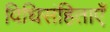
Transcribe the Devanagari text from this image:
विधिसंहिताएँ